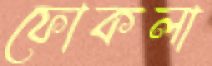
ফোকলা